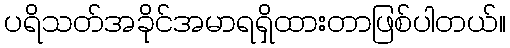
ပရိသတ်အခိုင်အမာရရှိထားတာဖြစ်ပါတယ်။